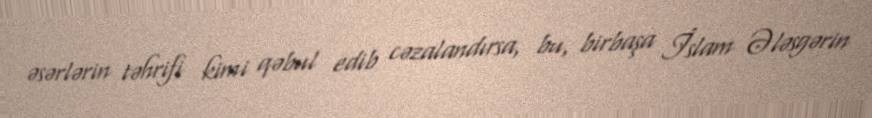
əsərlərin təhrifi kimi qəbul edib cəzalandırsa, bu, birbaşa İslam Ələsgərin